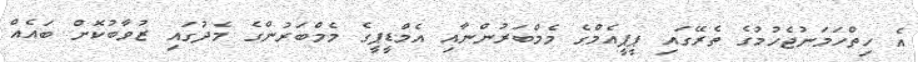
އެ ހިތްހަމަނުޖެހުމުގެ ތެރޭގައި ޕީޕީއެމްގެ މެމްބަރުންނާއި އެމްޑީޕީގެ މެމްބަރުންގެ މެދުގައި ޒުވާބުކޮށް ބައެއް